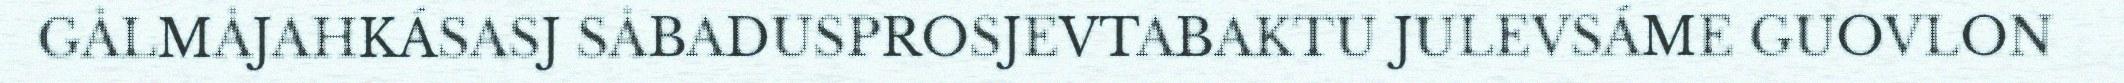
GÅLMÅJAHKÁSASJ SÅBADUSPROSJEVTABAKTU JULEVSÁME GUOVLON